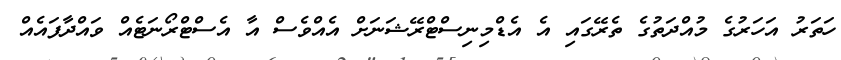
ހަތަރު އަހަރުގެ މުއްދަތުގެ ތެރޭގައި އެ އެޑްމިނިސްޓްރޭޝަނަށް އެއްވެސް އާ އެސްޓްރޯނަޓެއް ވައްދާފައެއް